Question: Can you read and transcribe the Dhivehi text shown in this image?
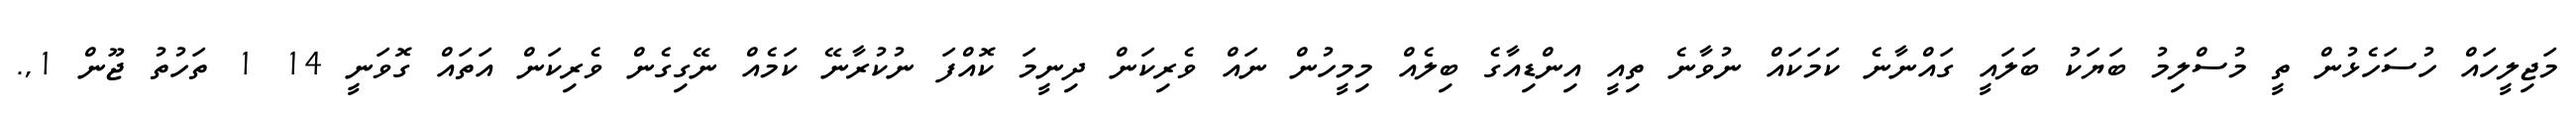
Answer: މަޖިލީހައް ހުސަހެޅުން ތީ މުސްލިމު ބަޔަކު ބަލައީ ގައްނާނެ ކަމަކައް ނުވާނެ ތިއީ އިންޑިއާގެ ބިލެއް މިމީހުން ނައް ވެރިކަން ދިނީމަ ކޮއްފަ ނުކުރާނޭ ކަމެއް ނޭގިގެން ވެރިކަން އަތައް ގޮވަނީ 14 1 ތަހުތު ޖޫން 1,.